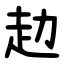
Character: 赲